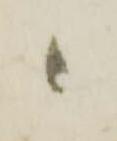
と